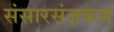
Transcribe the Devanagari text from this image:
संसारसंज्ञकम्